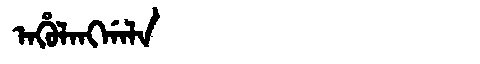
Manchu: ᠠᡥᡠᠯᠠᠩᡤᠠᠯᠠ
Romanization: AHULANGGALA